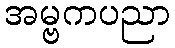
အမ္ဗကပညာ